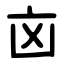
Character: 㐫